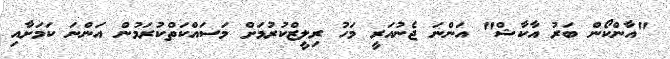
"އާންކޯން ބަރު އާކާޝް" އަންނަ ޖެނުއަރީ މަހު ރިލީޒްކުރުމަށް މަސައްކަތްކުރަމުން އަންނަ ކަމަށާއި